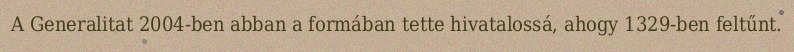
A Generalitat 2004-ben abban a formában tette hivatalossá, ahogy 1329-ben feltűnt.